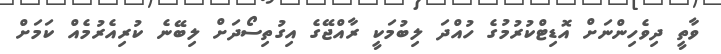
ވާތީ ދިވެހިންނަށް އޮޑިޓްކުރުމުގެ ހުއްދަ ލިބުމަކީ ރާއްޖޭގެ އިގުތިސޯދަށް ލިބޭނެ ކުރިއެރުމެއް ކަމަށް